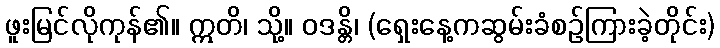
ဖူးမြင်လိုကုန်၏။ ဣတိ၊ သို့။ ဝဒန္တိ၊ (ရှေးနေ့ကဆွမ်းခံစဉ်ကြားခဲ့တိုင်း)